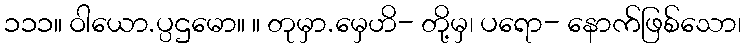
၁၁၁။ ဝါယော.ပ္ပဌမော။ ။ တုမှာ.မှေဟိ- တို့မှ၊ ပရော- နောက်ဖြစ်သော၊